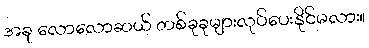
အခု လောလောဆယ် တစ်ခုခုများလုပ်ပေးနိုင်မလား။